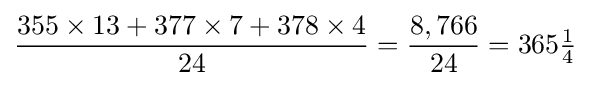
{\frac {355\times 13+377\times 7+378\times 4}{24}}={\frac {8,766}{24}}=365{\tfrac {1}{4}}